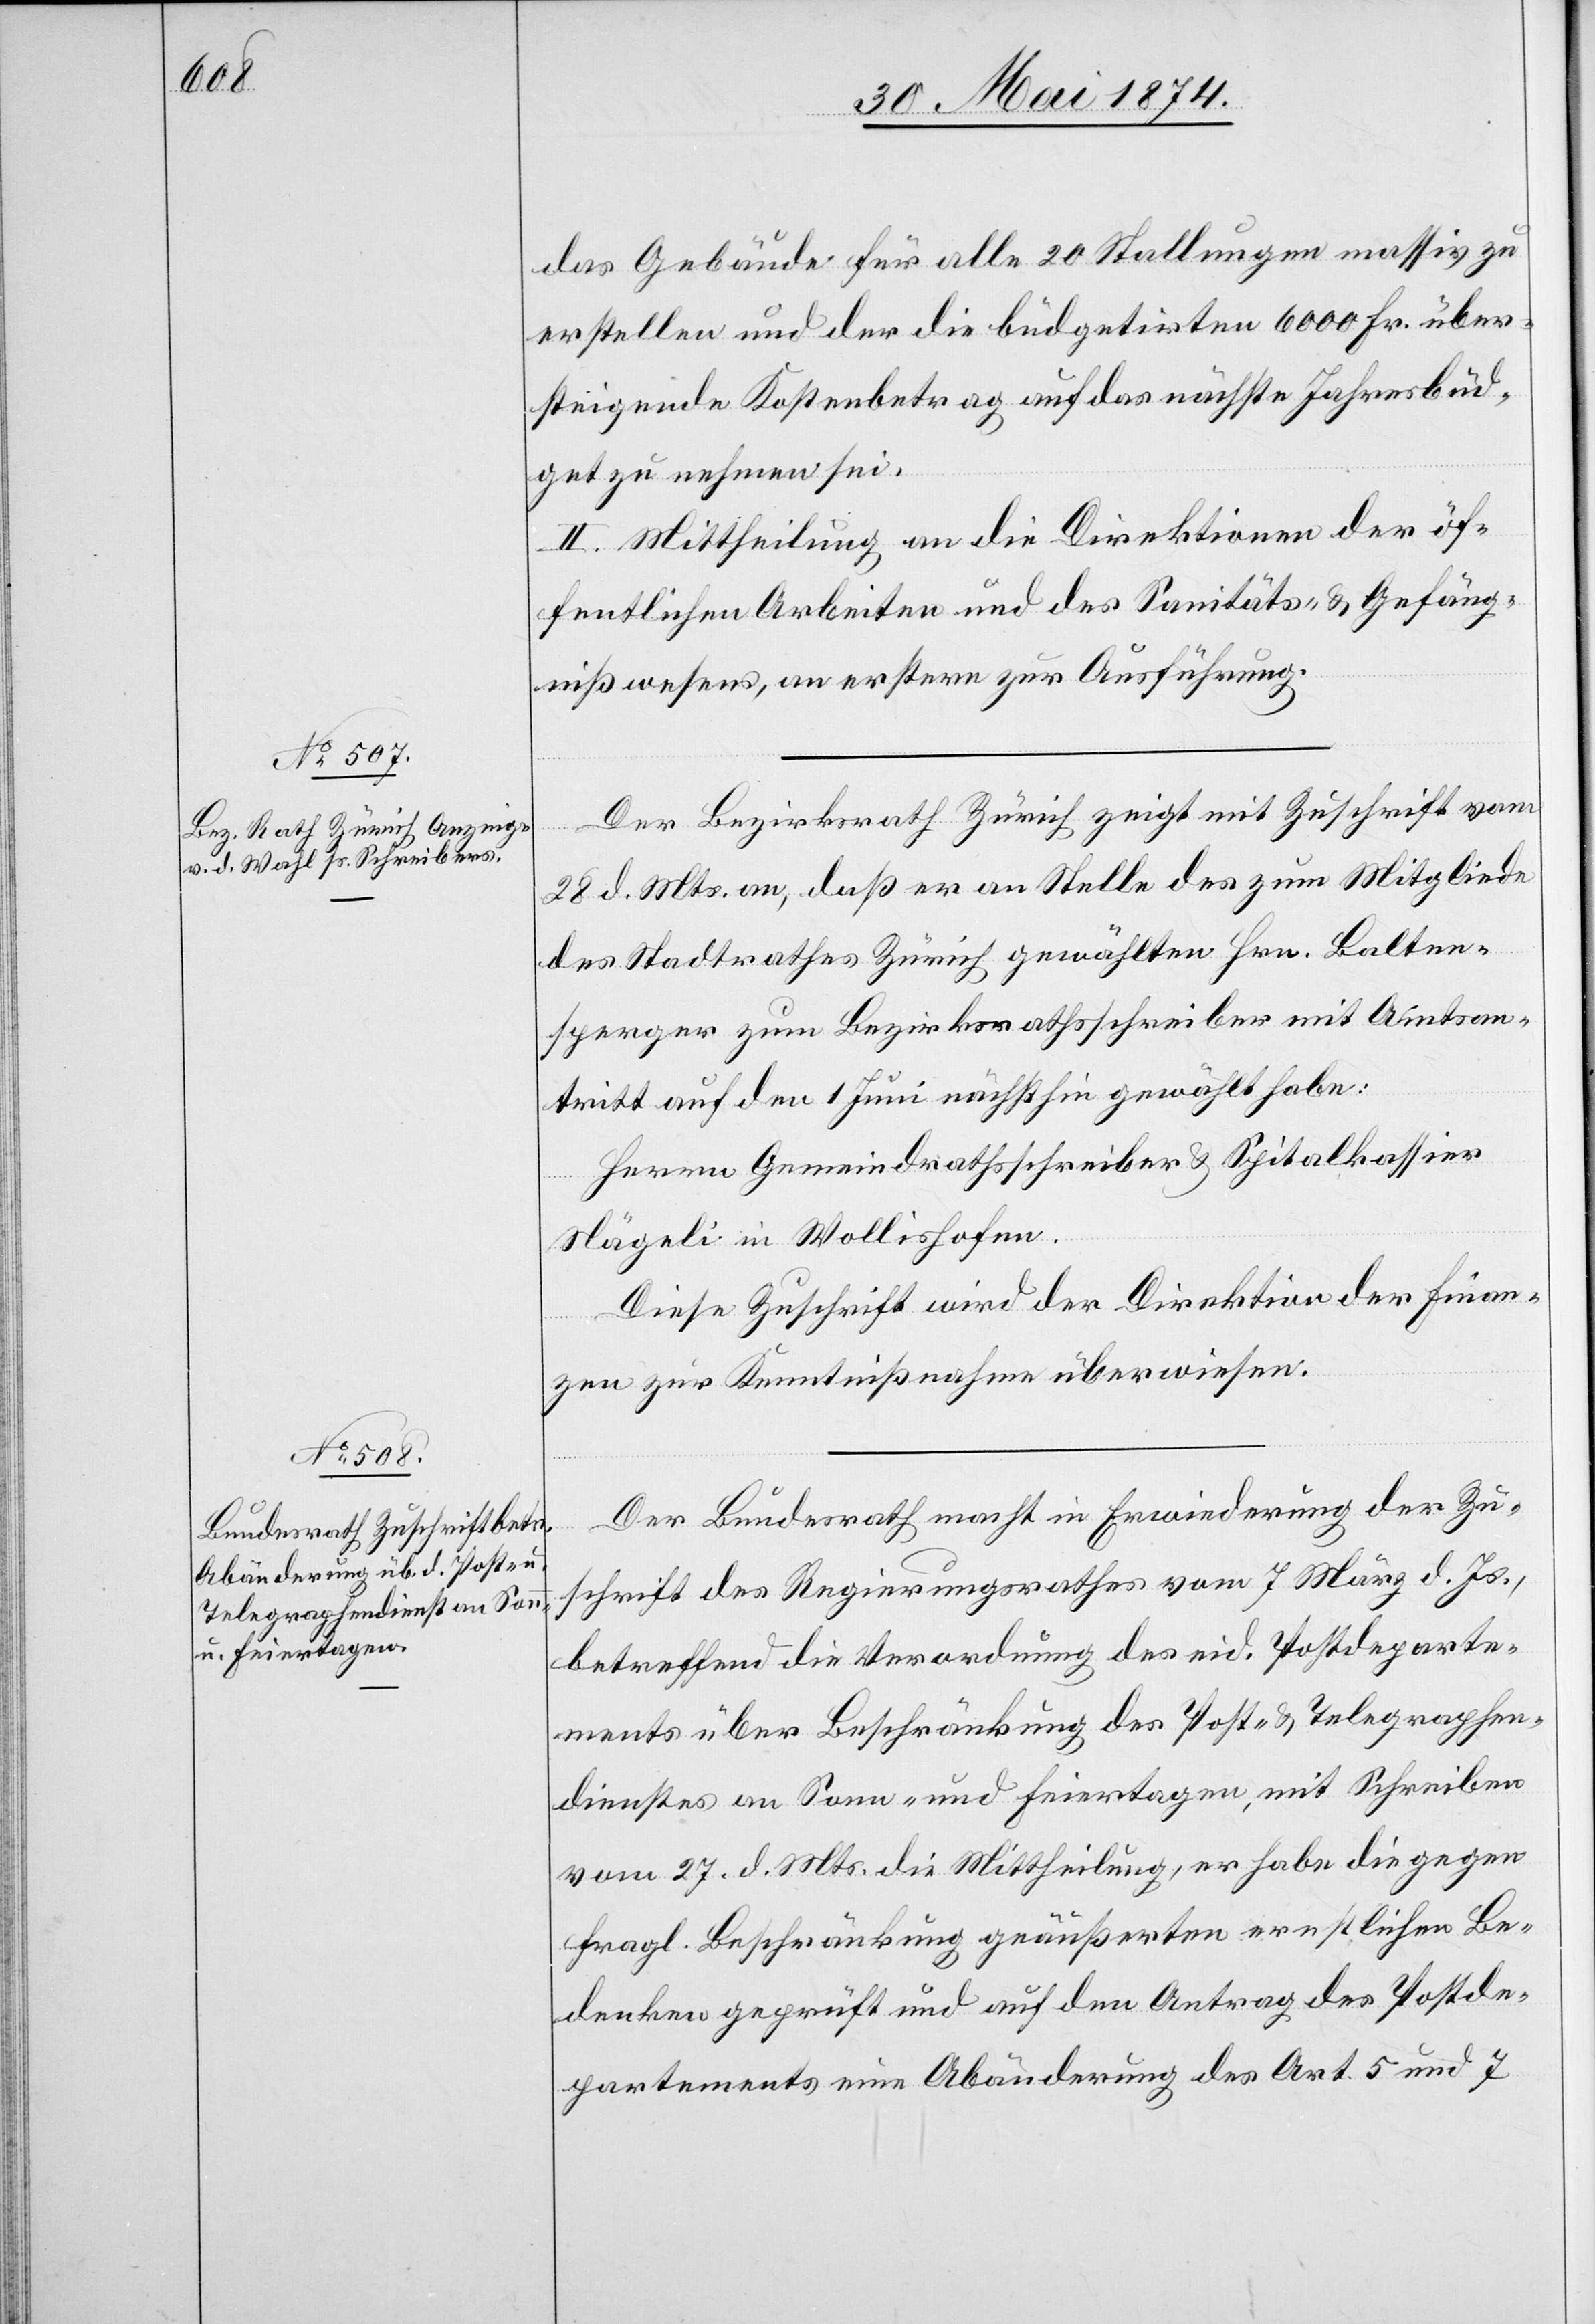
das Gebäude für alle 20 Stallungen massiv zu
erstellen und der die büdgetirten 6000 Fr. über¬
steigende Kostenbetrag auf das nächste Jahresbüd¬
get zu nehmen sei.
II. Mittheilung an die Direktion der öf¬
fentlichen Arbeiten und des Sanitäts- u. Gefäng¬
nißwesens, an erstere zur Ausführung.
Der Bezirksrath Zürich zeigt mit Zuschrift vom
28. d. Mts. an, daß er an Stelle des zum Mitgliede
des Stadtrathes Zürich gewählten Hrn. Balten¬
sperger zum Bezirksrathsschreiber mit Amtsan¬
tritt auf den 1. Juni nächsthin gewählt habe:
Herrn Gemeindrathsschreiber u. Spitalkassier
Nägeli in Wollishofen.
Diese Zuschrift wird der Direktion der Finan¬
zen zur Kenntnißnahme überwiesen.
Der Bundesrath macht in Erwiederung der Zu¬
schrift des Regierungsrathes vom 7. März d. Js.,
betreffend die Verordnung des eid. Postdeparte¬
ments über Beschränkung des Post- u. Telegraphen¬
dienstes an Sonn- und Feiertagen, mit Schreiben
vom 27. d. Mts. die Mittheilung, er habe die gegen
fragl. Beschränkung geäußerten ernstlichen Be¬
denken geprüft und auf den Antrag des Postde¬
partements eine Abänderung des Art. 5 und 7